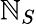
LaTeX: \mathbb{N}_{S}